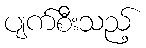
ပျက်စီးသည့်